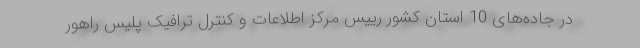
در جاده‌های 10 استان کشور رییس مرکز اطلاعات و کنترل ترافیک پلیس راهور